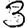
Digit: 3